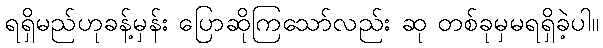
ရရှိမည်ဟုခန့်မှန်း ပြောဆိုကြသော်လည်း ဆု တစ်ခုမှမရရှိခဲ့ပါ။